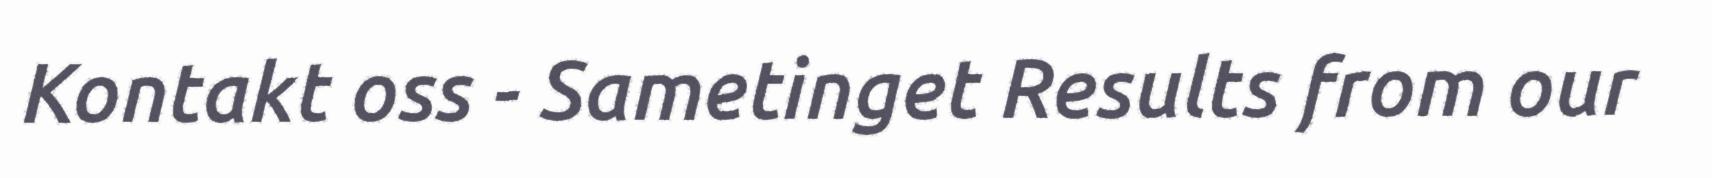
Kontakt oss - Sametinget Results from our